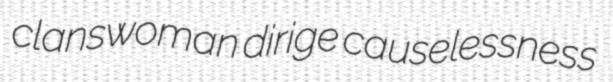
clanswoman dirige causelessness